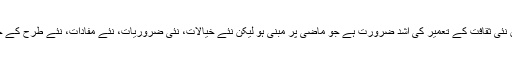
یہ بات اجاگر کرتا کہ آج کے پاکستان میں نئی ثقافت کے تعمیر کی اشد ضرورت ہے جو ماضی پر مبنی ہو لیکن نئے خیالات، نئی ضروریات، نئے مفادات، نئے طرح کے جبر اور نئے طریقوں کی مذاحمت رکھے۔